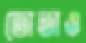
তোতাও